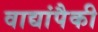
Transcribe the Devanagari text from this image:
वाद्यांपैकी